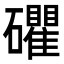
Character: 𥗫